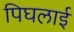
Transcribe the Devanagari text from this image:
पिघलाई